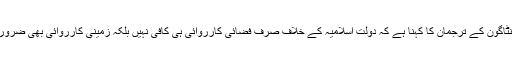
لیکن پینٹاگون کے ترجمان کا کہنا ہے کہ دولت اسلامیہ کے خلاف صرف فضائی کارروائی ہی کافی نہیں بلکہ زمینی کارروائی بھی ضروری ہے۔